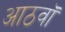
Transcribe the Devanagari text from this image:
आठवॉं